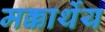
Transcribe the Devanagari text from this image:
मक्कार्थेय